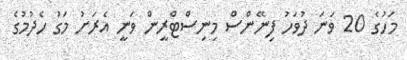
މަހުގެ 20 ވަނަ ދުވަހު ފިނޭންސް މިނިސްޓްރީން ވަނީ އެރަށު މަގު ހެދުމުގެ